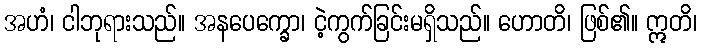
အဟံ၊ ငါဘုရားသည်။ အနပေက္ခော၊ ငဲ့ကွက်ခြင်းမရှိသည်။ ဟောတိ၊ ဖြစ်၏။ ဣတိ၊